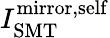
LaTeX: I_{\mathrm{SMT}}^{\mathrm{mirror,self}}